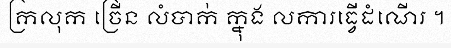
ក្រលុក ច្រើន លំបាក់ ក្នុង លការធ្វើដំណើរ ។